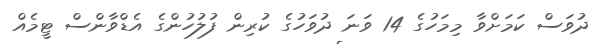
ދުވަސް ކަމަށްވާ މިމަހުގެ 14 ވަނަ ދުވަހުގެ ކުރިން ފުލުހުންގެ އެޑްވާންސް ޓީމެއް